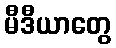
မီဒီယာတွေ